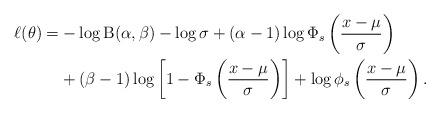
LaTeX: \begin{align*}\ell(\mathbf{\theta})=&-\log \mathrm{B}(\alpha,\beta)-\log\sigma+(\alpha-1)\log\Phi_s\left(\frac{x-\mu}{\sigma}\right)\\&+(\beta-1)\log\left[1-\Phi_s\left(\frac{x-\mu}{\sigma}\right)\right]+\log\phi_s\left(\frac{x-\mu}{\sigma}\right).\end{align*}